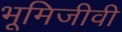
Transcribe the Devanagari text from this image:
भूमिजीवी